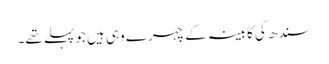
سندھ کی کابینہ کے چہرے وہی ہیں جو پہلے تھے۔